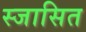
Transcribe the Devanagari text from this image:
स्जासित